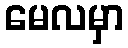
မေလမှာ